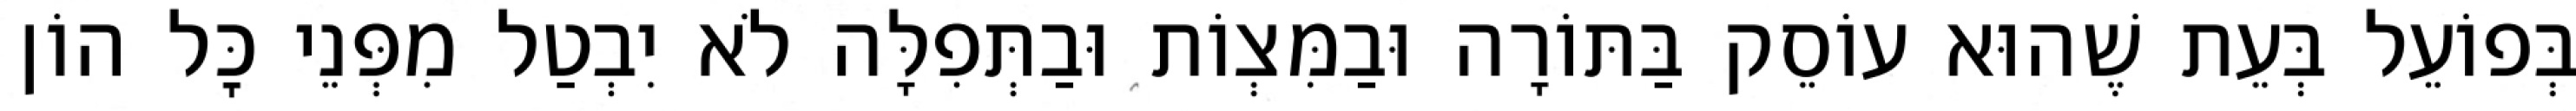
בְּפוֹעֵל בְּעֵת שֶׁהוּא עוֹסֵק בַּתּוֹרָה וּבַמִּצְוֹת וּבַתְּפִלָּה לֹא יִבְטַל מִפְּנֵי כׇּל הוֹן